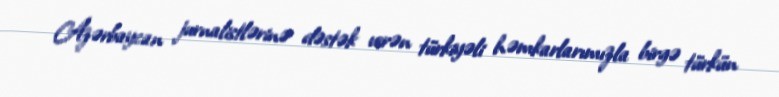
Azərbaycan jurnalistlərinə dəstək verən türkiyəli həmkarlarımızla birgə türkün